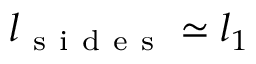
l _ { \mathrm { ~ s ~ i ~ d ~ e ~ s ~ } } \simeq l _ { 1 }